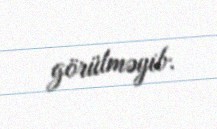
görülməyib.